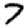
Digit: 7